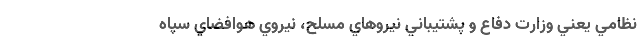
نظامي يعني وزارت دفاع و پشتيباني نيروهاي مسلح، نيروي هوافضاي سپاه